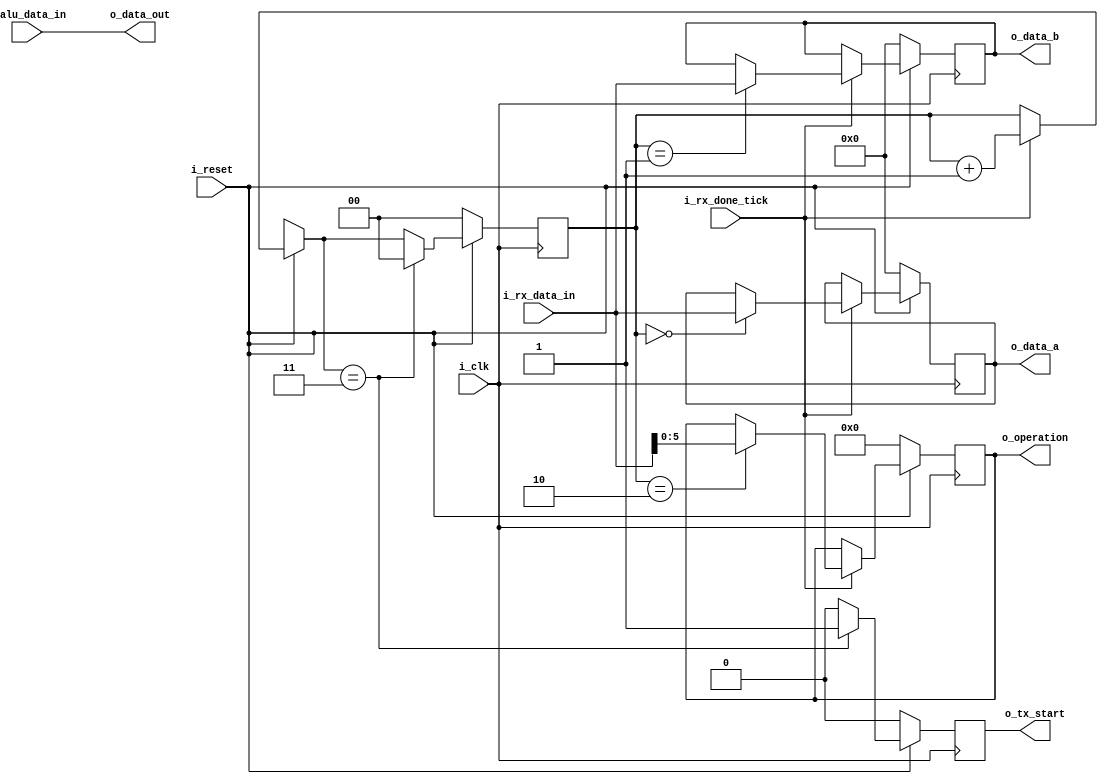
`timescale 1ns / 1ps
//////////////////////////////////////////////////////////////////////////////////
// Company: 
// Engineer: 
// 
// Design Name: 
// Module Name: interface_circuit
// Project Name: 
// Target Devices: 
// Tool Versions: 
// Description: 
// 
// Dependencies: 
// 
// Revision:
// Revision 0.01 - File Created
// Additional Comments:
// 
//////////////////////////////////////////////////////////////////////////////////

module interface_circuit
#(
	parameter  DBIT  = 8,  // # buffer bits
	           NB_OP = 6   // Operation bits
	            
) 
(   //INPUT
	input                     i_clk,
 	input                     i_reset,
 	input                     i_rx_done_tick,
 	input      [DBIT-1:0]     i_rx_data_in,
 	input      [DBIT-1:0]     i_alu_data_in,
    //OUTPUT
	output reg [DBIT-1 : 0]   o_data_a,
	output reg [DBIT-1 : 0]   o_data_b,
	output reg [NB_OP-1 : 0]  o_operation,
 	output reg                o_tx_start,
 	output     [DBIT-1:0]     o_data_out 
);
	reg [1 : 0] counter_in = 2'b00;
	
	assign o_data_out = i_alu_data_in;
	
	always @(posedge i_clk) 
	begin
        if (!i_reset)  begin 
            o_data_a      <= 0;
            o_data_b      <= 0;
            o_operation   <= 0;
            counter_in    <= 0;
            o_tx_start    <= 1'b0;
        end else begin
            if (i_rx_done_tick) begin
                case (counter_in)
                    2'b 00: o_data_a     = i_rx_data_in;
                    2'b 01: o_data_b     = i_rx_data_in;
                    2'b 10: o_operation  = i_rx_data_in;
                endcase		
                counter_in = counter_in + 1'b1;		
            end
            if (counter_in == 2'b11) begin //Si el contador llega a 11 vuelve al estado inicial i.e counter_in = 0 
                counter_in = 0;	
                o_tx_start   = 1'b1;
            end else begin
                o_tx_start = 1'b0;
            end
        end
	end
endmodule